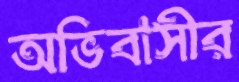
অভিবাসীর